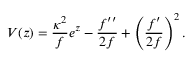
V ( z ) = \frac { { \kappa } ^ { 2 } } { f } e ^ { z } - \frac { f ^ { \prime \prime } } { 2 f } + \left( \frac { f ^ { \prime } } { 2 f } \right) ^ { 2 } .